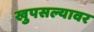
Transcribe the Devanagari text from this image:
खुपसल्यावर